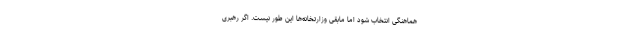
هماهنگی انتخاب شود اما مابقی وزارتخانه‌ها این طور نیست. اگر رهبری